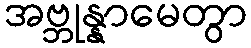
အဗ္ဘုန္နာမေတွာ